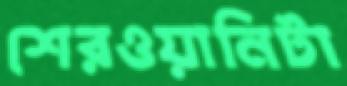
শেরওয়ানিটা